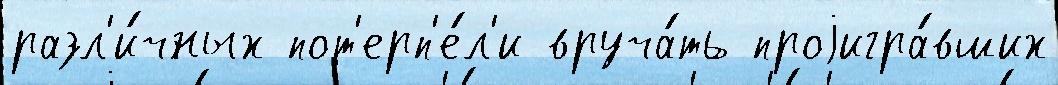
разл'и́чных пот'ерп'е́л'и вруча́ть проjигра́вших